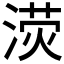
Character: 𣸨